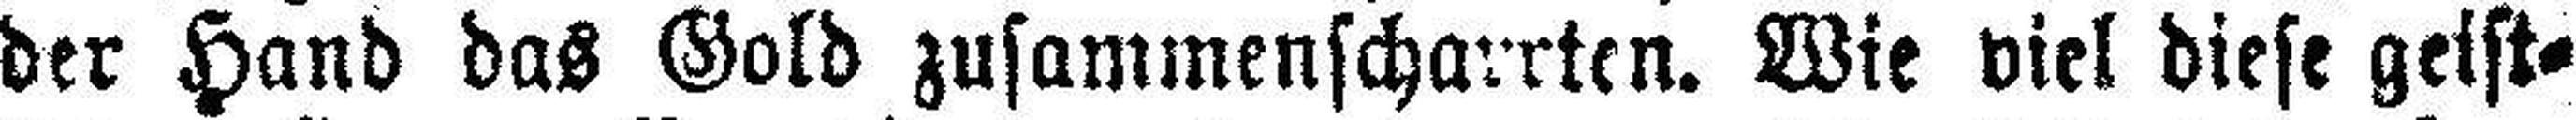
der Hand das Gold zusammenscharrten. Wie viel diese geist¬